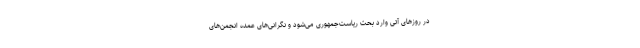
در روزهای آتی وارد بحث ریاست‌جمهوری می‌شود و نگرانی‌های عمده انجمن‌های